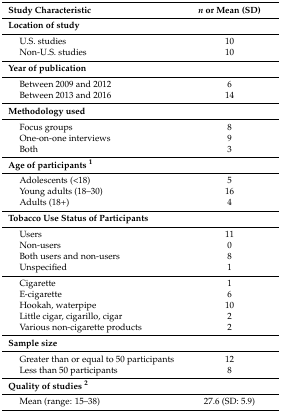
| Study Characteristic | n or Mean (SD) |
 | --- | --- |
 | Location of study |  |
 | U.S. studies | 10 |
 | Non-U.S. studies | 10 |
 | Year of publication |  |
 | Between 2009 and 2012 | 6 |
 | Between 2013 and 2016 | 14 |
 | Methodology used |  |
 | Focus groups | 8 |
 | One-on-one interviews | 9 |
 | Both | 3 |
 | Age of participants 1 |  |
 | Adolescents (<18) | 5 |
 | Young adults (18–30) | 16 |
 | Adults (18+) | 4 |
 | Tobacco Use Status of Participants |  |
 | Users | 11 |
 | Non-users | 0 |
 | Both users and non-users | 8 |
 | Unspecified | 1 |
 | Cigarette | 1 |
 | E-cigarette | 6 |
 | Hookah, waterpipe | 10 |
 | Little cigar, cigarillo, cigar | 2 |
 | Various non-cigarette products | 2 |
 | Sample size |  |
 | Greater than or equal to 50 participants | 12 |
 | Less than 50 participants | 8 |
 | Quality of studies 2 |  |
 | Mean (range: 15–38) | 27.6 (SD: 5.9) |